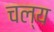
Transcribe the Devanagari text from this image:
चल्य